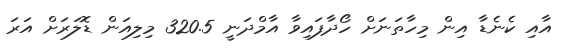
އާއި ކެނެޑާ އިން މިހާތަނަށް ހޯދާފައިވާ އާމްދަނީ 320.5 މިލިއަން ޑޮލަރަށް އަރަ